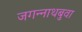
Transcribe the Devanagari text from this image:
जगन्‍नाथबुवा